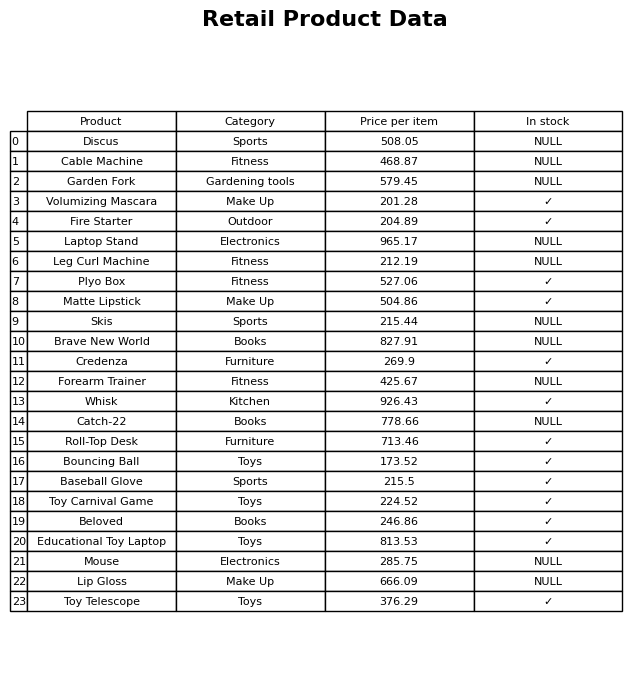
question: What is the price for Toy Telescope?
answer: The price of Toy Telescope is 376.29.